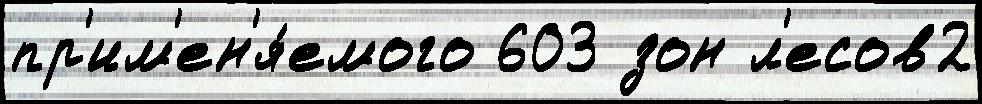
пр'им'ен'я́емого 603 зон л'есов2